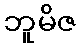
ဘူမိဇ